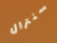
سنترال